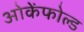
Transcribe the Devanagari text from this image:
ओकेंफोल्ड